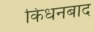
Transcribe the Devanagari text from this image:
किधनबाद